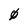
Character: 0